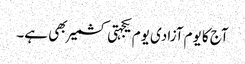
آج کا یوم آزادی یوم یکجہتی کشمیر بھی ہے۔